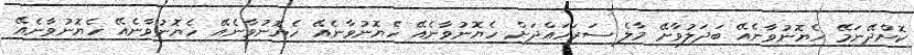
ކޮށްދޭނަމޭ ހެޔޮނުވާނެއޭ ބަދަލުވާށޭ މާލެ ސަރަހައްދަށް ހެޔޮނުވާނެއޭ ހެޔޮނުވާނެއޭ ހެޔޮނުވާނެއޭ ހެޔޮނުވާނެއޭ ހެޔޮނުވާނެއޭ